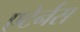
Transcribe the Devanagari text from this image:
एटेर्नस